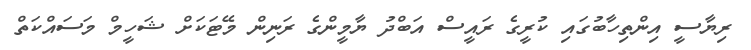
ރިޔާސީ އިންތިހާބުގައި ކުރީގެ ރައީސް އަބްދު ޔާމީންގެ ރަނިން މޭޓަކަށް ޝަހީމް މަސައްކަތް